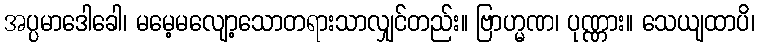
အပ္ပမာဒေါခေါ၊ မမေ့မလျော့သောတရားသာလျှင်တည်း။ ဗြာဟ္မဏ၊ ပုဏ္ဏား။ သေယျထာပိ၊